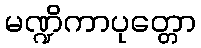
မဏ္ဍိကာပုတ္တော